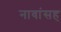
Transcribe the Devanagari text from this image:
नावांसह